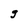
Character: g